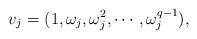
LaTeX: \begin{align*}v_j= (1,\omega_j,\omega_j^2, \cdots, \omega_j^{q-1}), \end{align*}